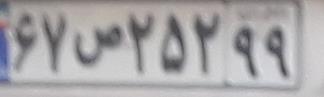
۶۷ص۲۵۲۹۹